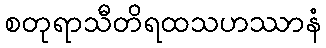
စတုရာသီတိရထသဟဿာနံ